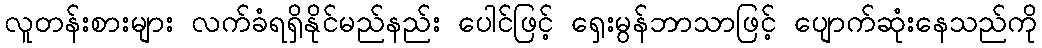
လူတန်းစားများ လက်ခံရရှိနိုင်မည်နည်း ပေါင်ဖြင့် ရှေးမွန်ဘာသာဖြင့် ပျောက်ဆုံးနေသည်ကို